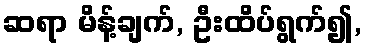
ဆရာ မိန့်ချက်, ဦးထိပ်ရွက်၍,